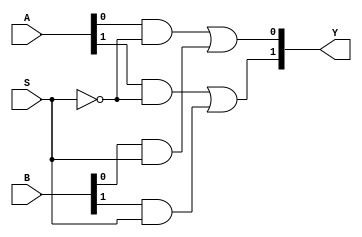
`timescale 1ns / 1ps

module design_lecture5_2(
    A,
    B,
    S,
    Y
    );

input wire [1:0]A;
input wire [1:0]B;
input wire [0:0]S;
output wire [1:0]Y;
    
wire wireS;
wire wire1;
wire wire2;
wire wire3;
wire wire4;

assign #3 wire1 = A[0] & ~S;
assign #3 wire2 = B[0] & S;
assign #3 wire3 = A[1] & ~S;
assign #3 wire4 = B[1] & S;
assign #3 Y[0] = wire1 | wire2;
assign #3 Y[1] = wire3 | wire4;
endmodule